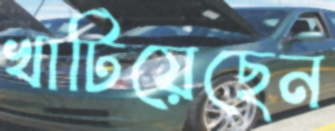
খাটিয়েছেন